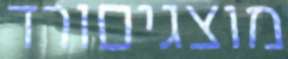
מוצגיםורד